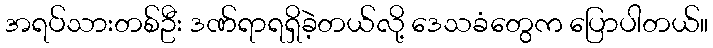
အရပ်သားတစ်ဦး ဒဏ်ရာရရှိခဲ့တယ်လို့ ဒေသခံတွေက ပြောပါတယ်။